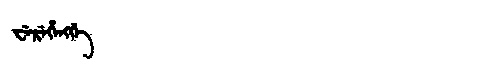
Manchu: ᠸᡝᡵᡝᡥᡝᠩᡤᡝ
Romanization: WEREHENGGE